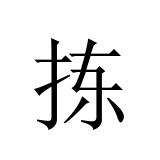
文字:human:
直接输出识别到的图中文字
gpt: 拣